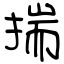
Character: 揣